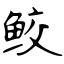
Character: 鲛